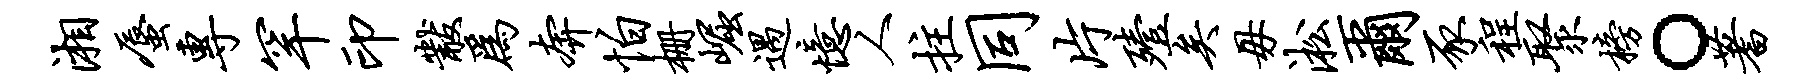
湘蜃专罕印黻为奔怕栅崛遇忆人拄同片殪矣毋淞尔豕程聚榜。蓍